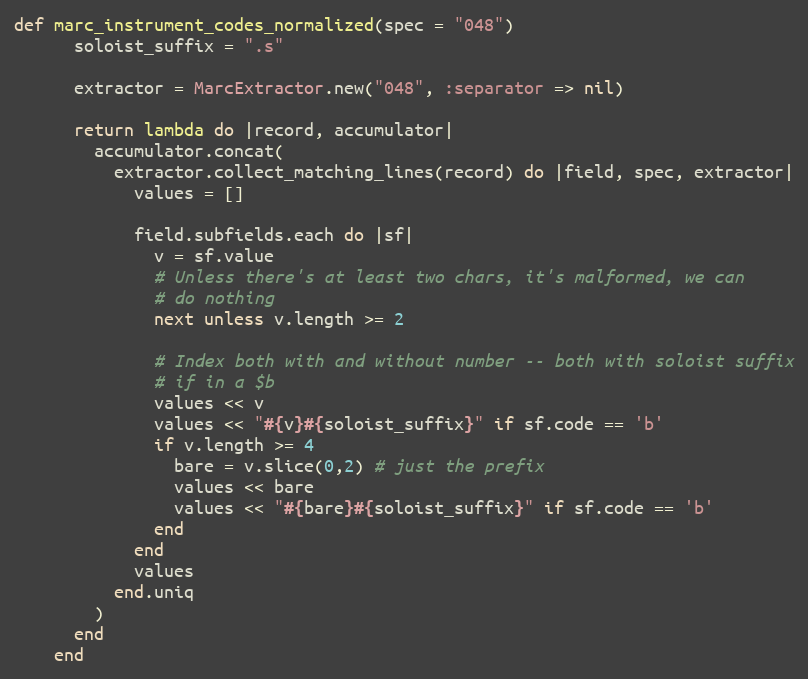
Language: Ruby
def marc_instrument_codes_normalized(spec = "048")
      soloist_suffix = ".s"

      extractor = MarcExtractor.new("048", :separator => nil)

      return lambda do |record, accumulator|
        accumulator.concat(
          extractor.collect_matching_lines(record) do |field, spec, extractor|
            values = []

            field.subfields.each do |sf|
              v = sf.value
              # Unless there's at least two chars, it's malformed, we can
              # do nothing
              next unless v.length >= 2

              # Index both with and without number -- both with soloist suffix
              # if in a $b
              values << v
              values << "#{v}#{soloist_suffix}" if sf.code == 'b'
              if v.length >= 4
                bare = v.slice(0,2) # just the prefix
                values << bare
                values << "#{bare}#{soloist_suffix}" if sf.code == 'b'
              end
            end
            values
          end.uniq
        )
      end
    end